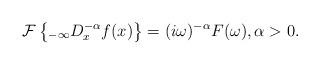
LaTeX: \begin{align*}\mathcal{F}\left\{ _{-\infty}D_{x}^{-\alpha}f(x)\right\} =(i\omega)^{-\alpha}F(\omega),\alpha>0.\end{align*}